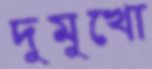
দুমুখো